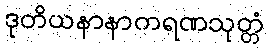
ဒုတိယနာနာကရဏသုတ္တံ